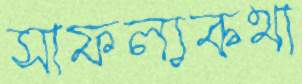
সাফল্যকথা